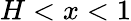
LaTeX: H<x<1